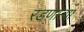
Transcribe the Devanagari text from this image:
रडणार्‍या